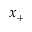
x _ { + }